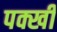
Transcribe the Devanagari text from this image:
पक्खी